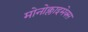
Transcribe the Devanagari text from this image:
मोनोक्लाइमेक्स